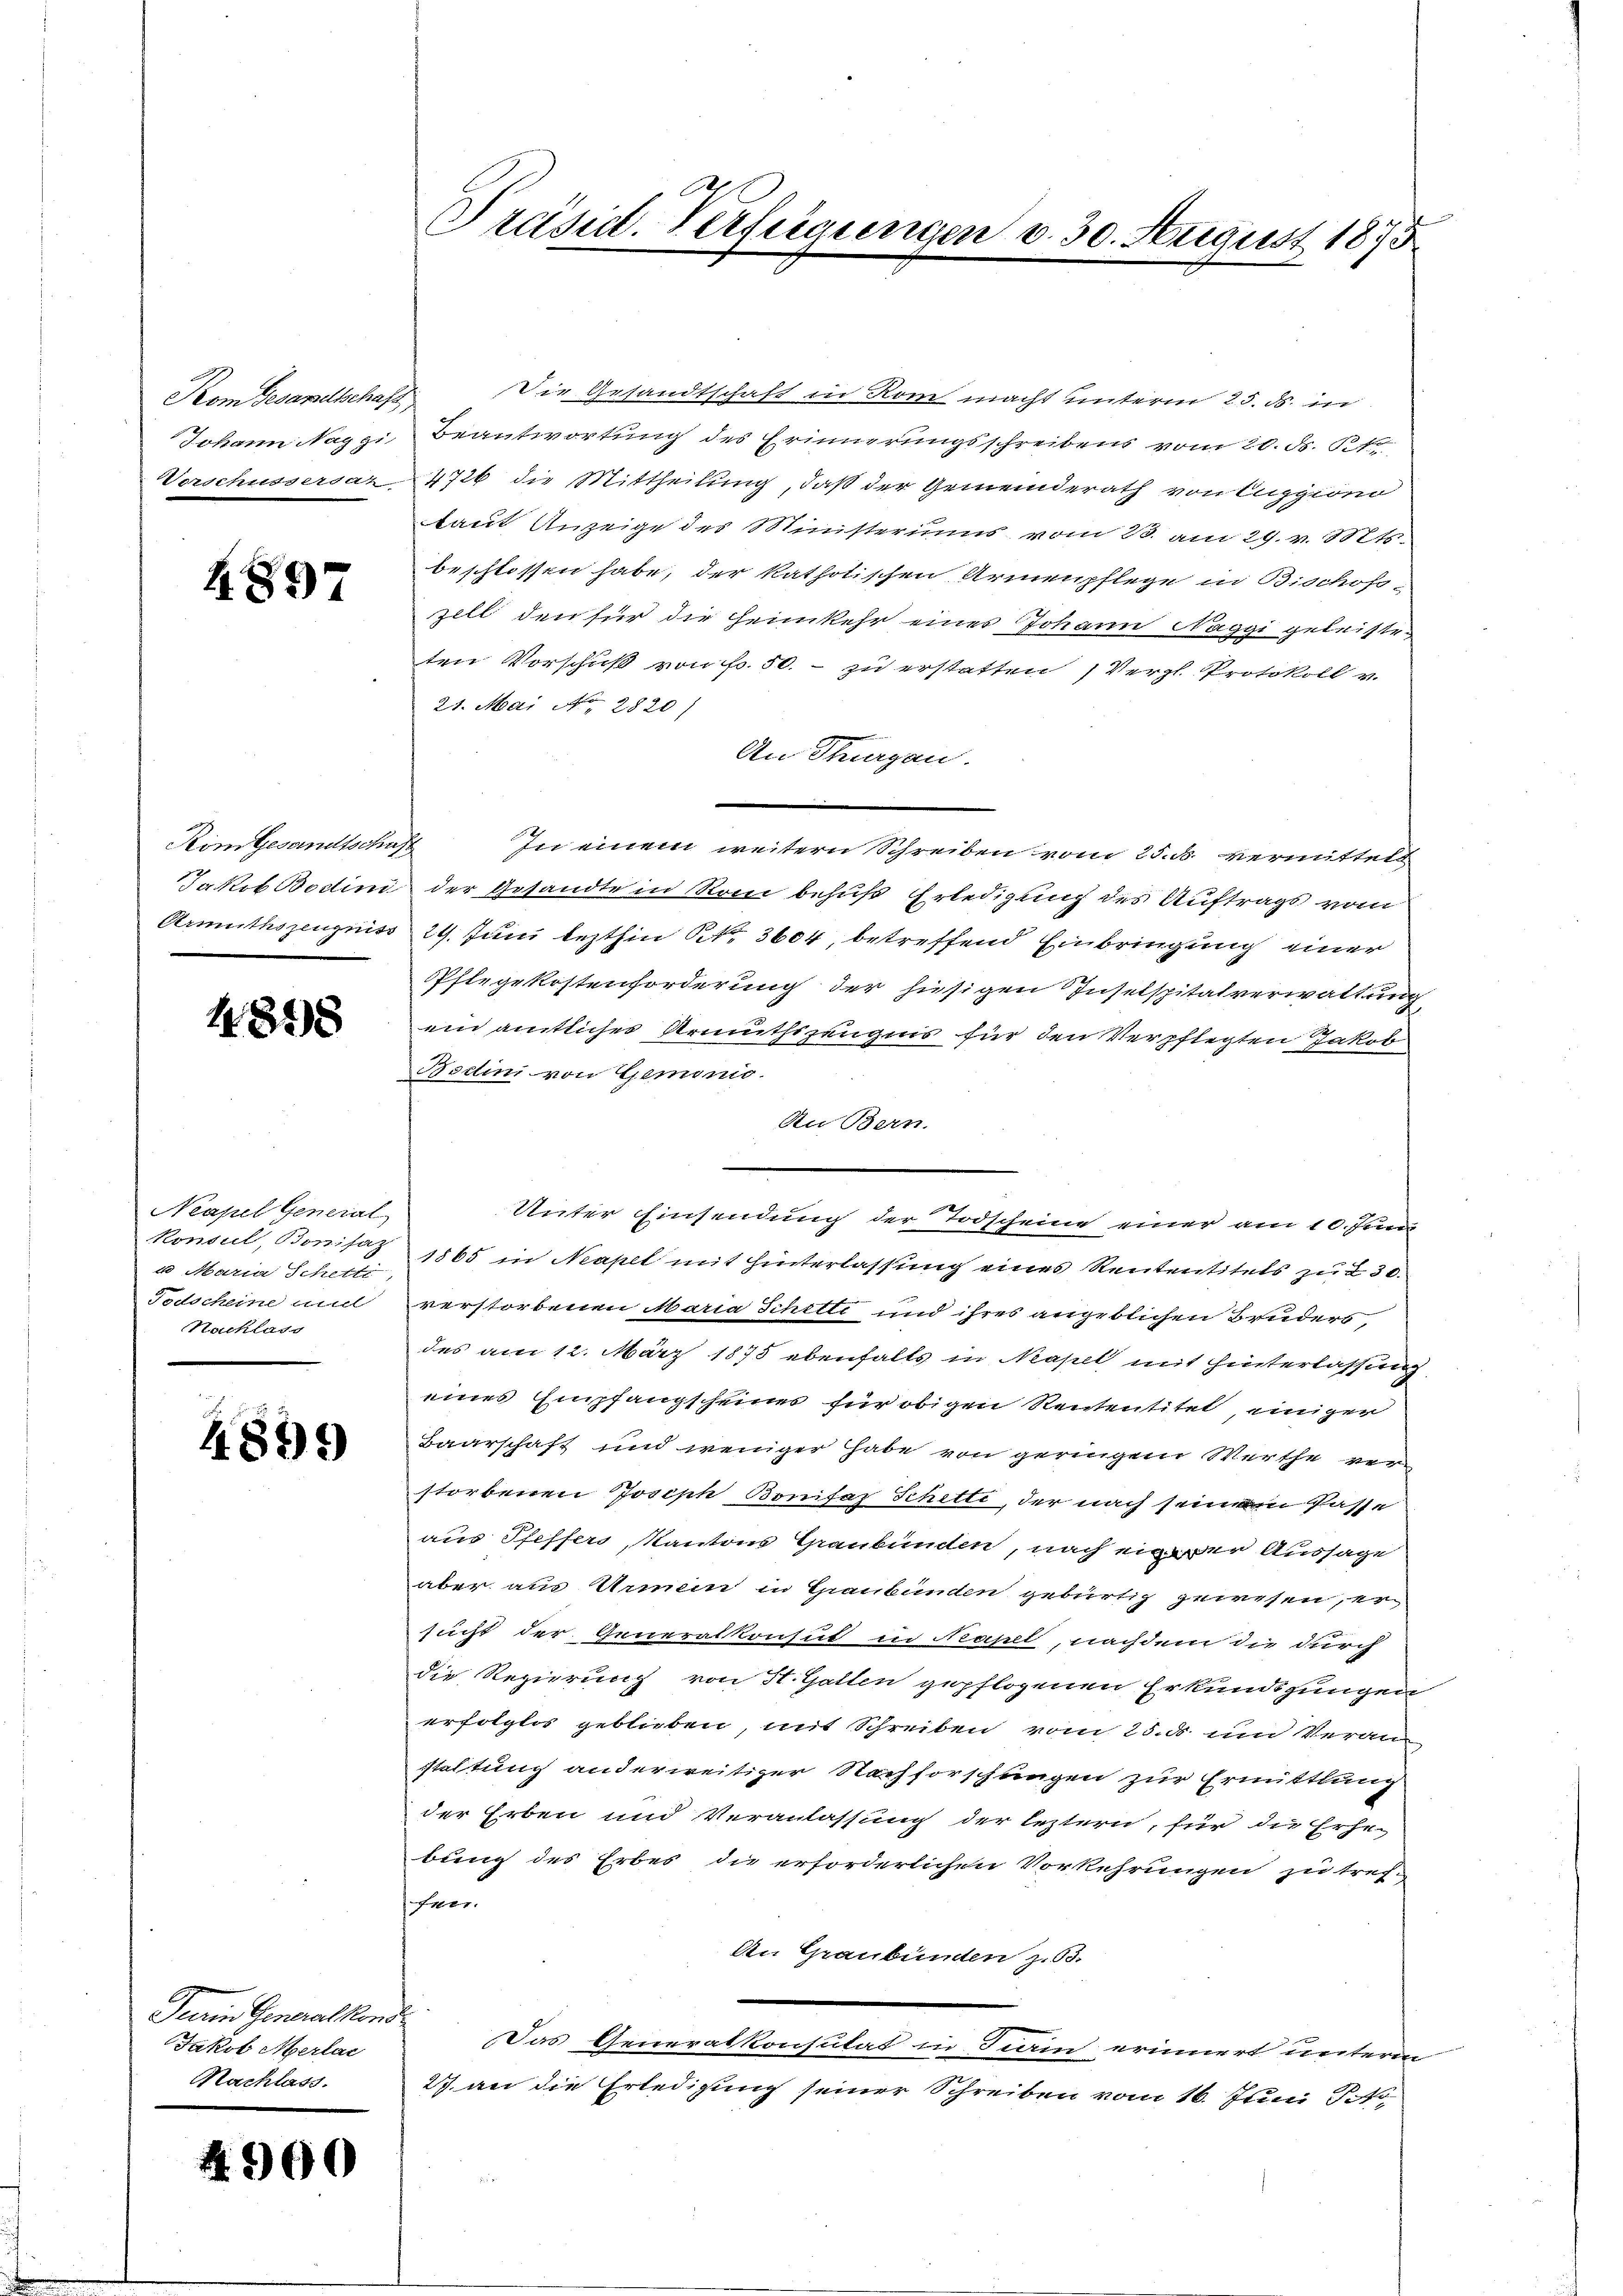
Kom Gesandtschaft
Johann Naggi,
Verschussersat

4897

Kom Gesandtschaft
Jakob Bostini
Armuthszeugniss

1848

Neapel General
Konsul, Bonifaz
u Maria Schetti,
Todscheine and
Nachlass

4899

Peerin Generalkom
Jakob Merlai
Nachlass.

4.900

Präsid. Verfügungen v. 30. August 1875

Die Gesandtschaft in Rom macht unterm 25. ds. in
Beantwortung des Erinnerungsschreibens vom 20. d. 15
4726 die Mittheilung, daß der Gemeinderath von Eugzione
taut Anzeige des Ministeriums vom 23. am 29. v. 1816.
beschlossen habe, der katholischen Armenpflege in Bischofs-
zill den für die Heimkehr eines Johann Naggi geleisten
ten Vorschuß von Fr. 50. - zu erstatten / Vergl. Protokoll v.
21. Mai No 2820)
An Thurgau.
In einem weitern Schreiben vom 25. d. vermittelt
der Gesandte in Rom behufs Erledigung des Auftrags vom
29. Juni lezthin Nr. 3604, betreffend Einbringung einer
Pflegekostenforderung der hiesigen Inselspitalverwaltung
ein amtlicher Armuthizeugnis für den Verpflegten Jakob
Bodini von Geminio.
Au Bern.
Unter Einsendung der Todscheine einer am 10. Juni
1865 in Nasel mit Hinterlassung eines Rententitels zu 230.
verstorbenen Maria Schilte und ihres angeblichen Bruders
des am 12. März 1875 ebenfalls in Kapel mit Hinterlassung
eines Empfangscheines für obigen Rententitet einiger
Baarschaft und weniger habe von geringen Werthe verstorbenen Joseph Bonifaz Schetti, der nach seinen Pässe
aus Pfeffers, Kantons Graubünden, nach ein der Aussage
aber aus Unein in Graubünden gebürtig gewesen, er
sucht der Generalkonsul in Kapel, nachdem die durch
die Regierung von St. Gallen gepflogenen Erkundigungen
erfolglos geblieben, mit Schreiben vom 25. ds um Veranstaltung anderweitiger Nachforschungen zur Ermittlung
der Erben und Veranlassung der leztern, für die Erhebung des Erbes die erforderlichen Vorkehrungen zu tref-
Frer.
An Graubünden z. 63.
Das Generalkonsulat in Tierin erinnert unterm
27. an die Erledigung seiner Schreiben vom 16. Juni Pro